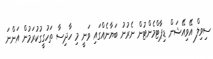
ސިވިލް އޭވިއޭޝަން ޑިޕާޓްމެންޓުން ނެރުނު ބަޔާނެއްގައި ވަނީ މި ހާދިސާ ތަހުގީގުކުރަމުން އަންނަ